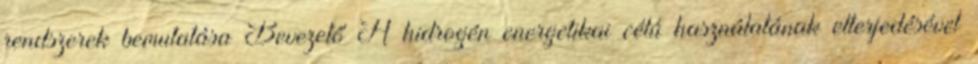
rendszerek bemutatása Bevezető A hidrogén energetikai célú használatának elterjedésével